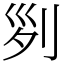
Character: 𠛱